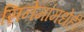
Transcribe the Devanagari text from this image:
सिनेमांमधेही